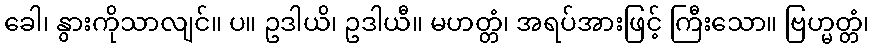
ခေါ၊ နွားကိုသာလျင်။ ပ။ ဥဒါယိ၊ ဥဒါယီ။ မဟတ္တံ၊ အရပ်အားဖြင့် ကြီးသော။ ဗြဟ္မတ္တံ၊